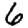
Digit: 6